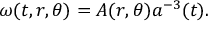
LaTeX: \omega ( t , r , \theta ) = A ( r , \theta ) a ^ { - 3 } ( t ) .